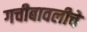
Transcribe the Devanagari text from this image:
गचीबावलीचे